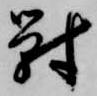
対